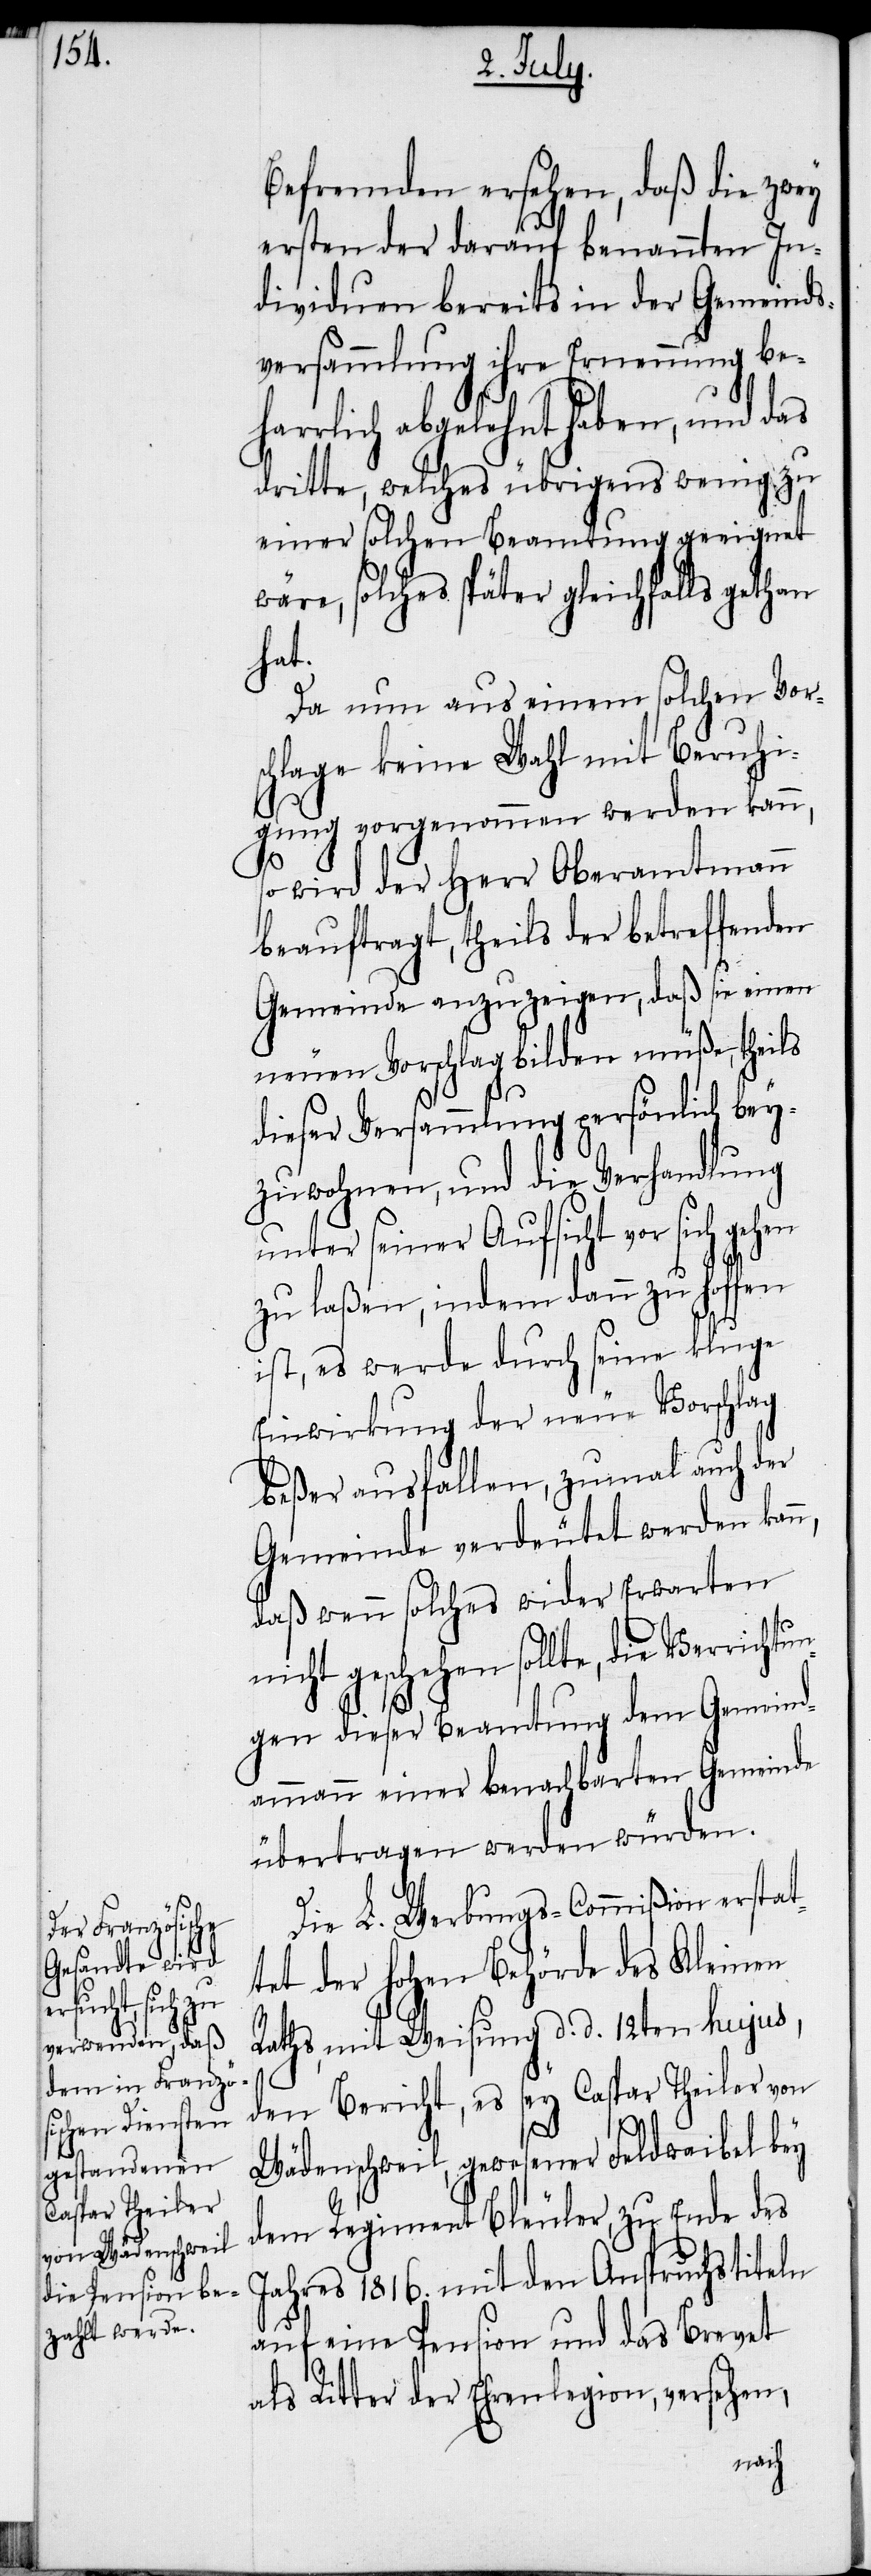
Befremden ersehen, daß die zwey
ersten der darauf benannten In¬
dividuen bereits in der Gemeinds¬
versammlung ihre Ernennung be¬
harrlich abgelehnt haben, und das
dritte, welches übrigens wenig zu
einer solchen Beamtung geeignet
wäre, solches später gleichfalls gethan
hat.
Da nun aus einem solchen Vors¬
chlage keine Wahl mit Beruhi¬
gung vorgenommen werden kann,
so wird der Herr Oberamtmann
beauftragt, theils der betreffenden
Gemeinde anzuzeigen, daß sie einen
neuen Vorschlag bilden müße, theils
dieser Versammlung persönlich bey¬
zuwohnen, und die Verhandlung
unter seiner Aufsicht vor sich gehen
zu laßen, indem dann zu hoffen
ist, es werde durch seine kluge
Einwirkung der neue Vorschlag
beßer ausfallen, zumal auch der
Gemeinde verdeutet werden kann,
daß wenn solches wider Erwarten
nicht geschehen sollte, die Verrichtu¬
ngen dieser Beamtung dem Gemeind¬
ammann einer benachbarten Gemeinde
übertragen werden würden.
Die L. Werbungs-Commißion erstat¬
tet der hohen Behörde des Kleinen
Raths, mit Weisung d. d. 12ten hujus,
den Bericht, es sey Caspar Theiler von
Wädenschweil, gewesener Feldwaibel bey
dem Regiment Bleuler, zu Ende des
Jahres 1816. mit den Anspruchstiteln
auf eine Pension und das Brevet
als Ritter der Ehrenlegion, versehen,